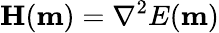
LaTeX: \mathbf{H}(\mathbf{m})=\nabla^{2}E(\mathbf{m})